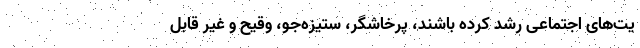
یت‌های اجتماعی رشد کرده‌ باشند، پرخاشگر، ستیزه‌جو، وقیح و غیر قابل